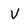
Character: v